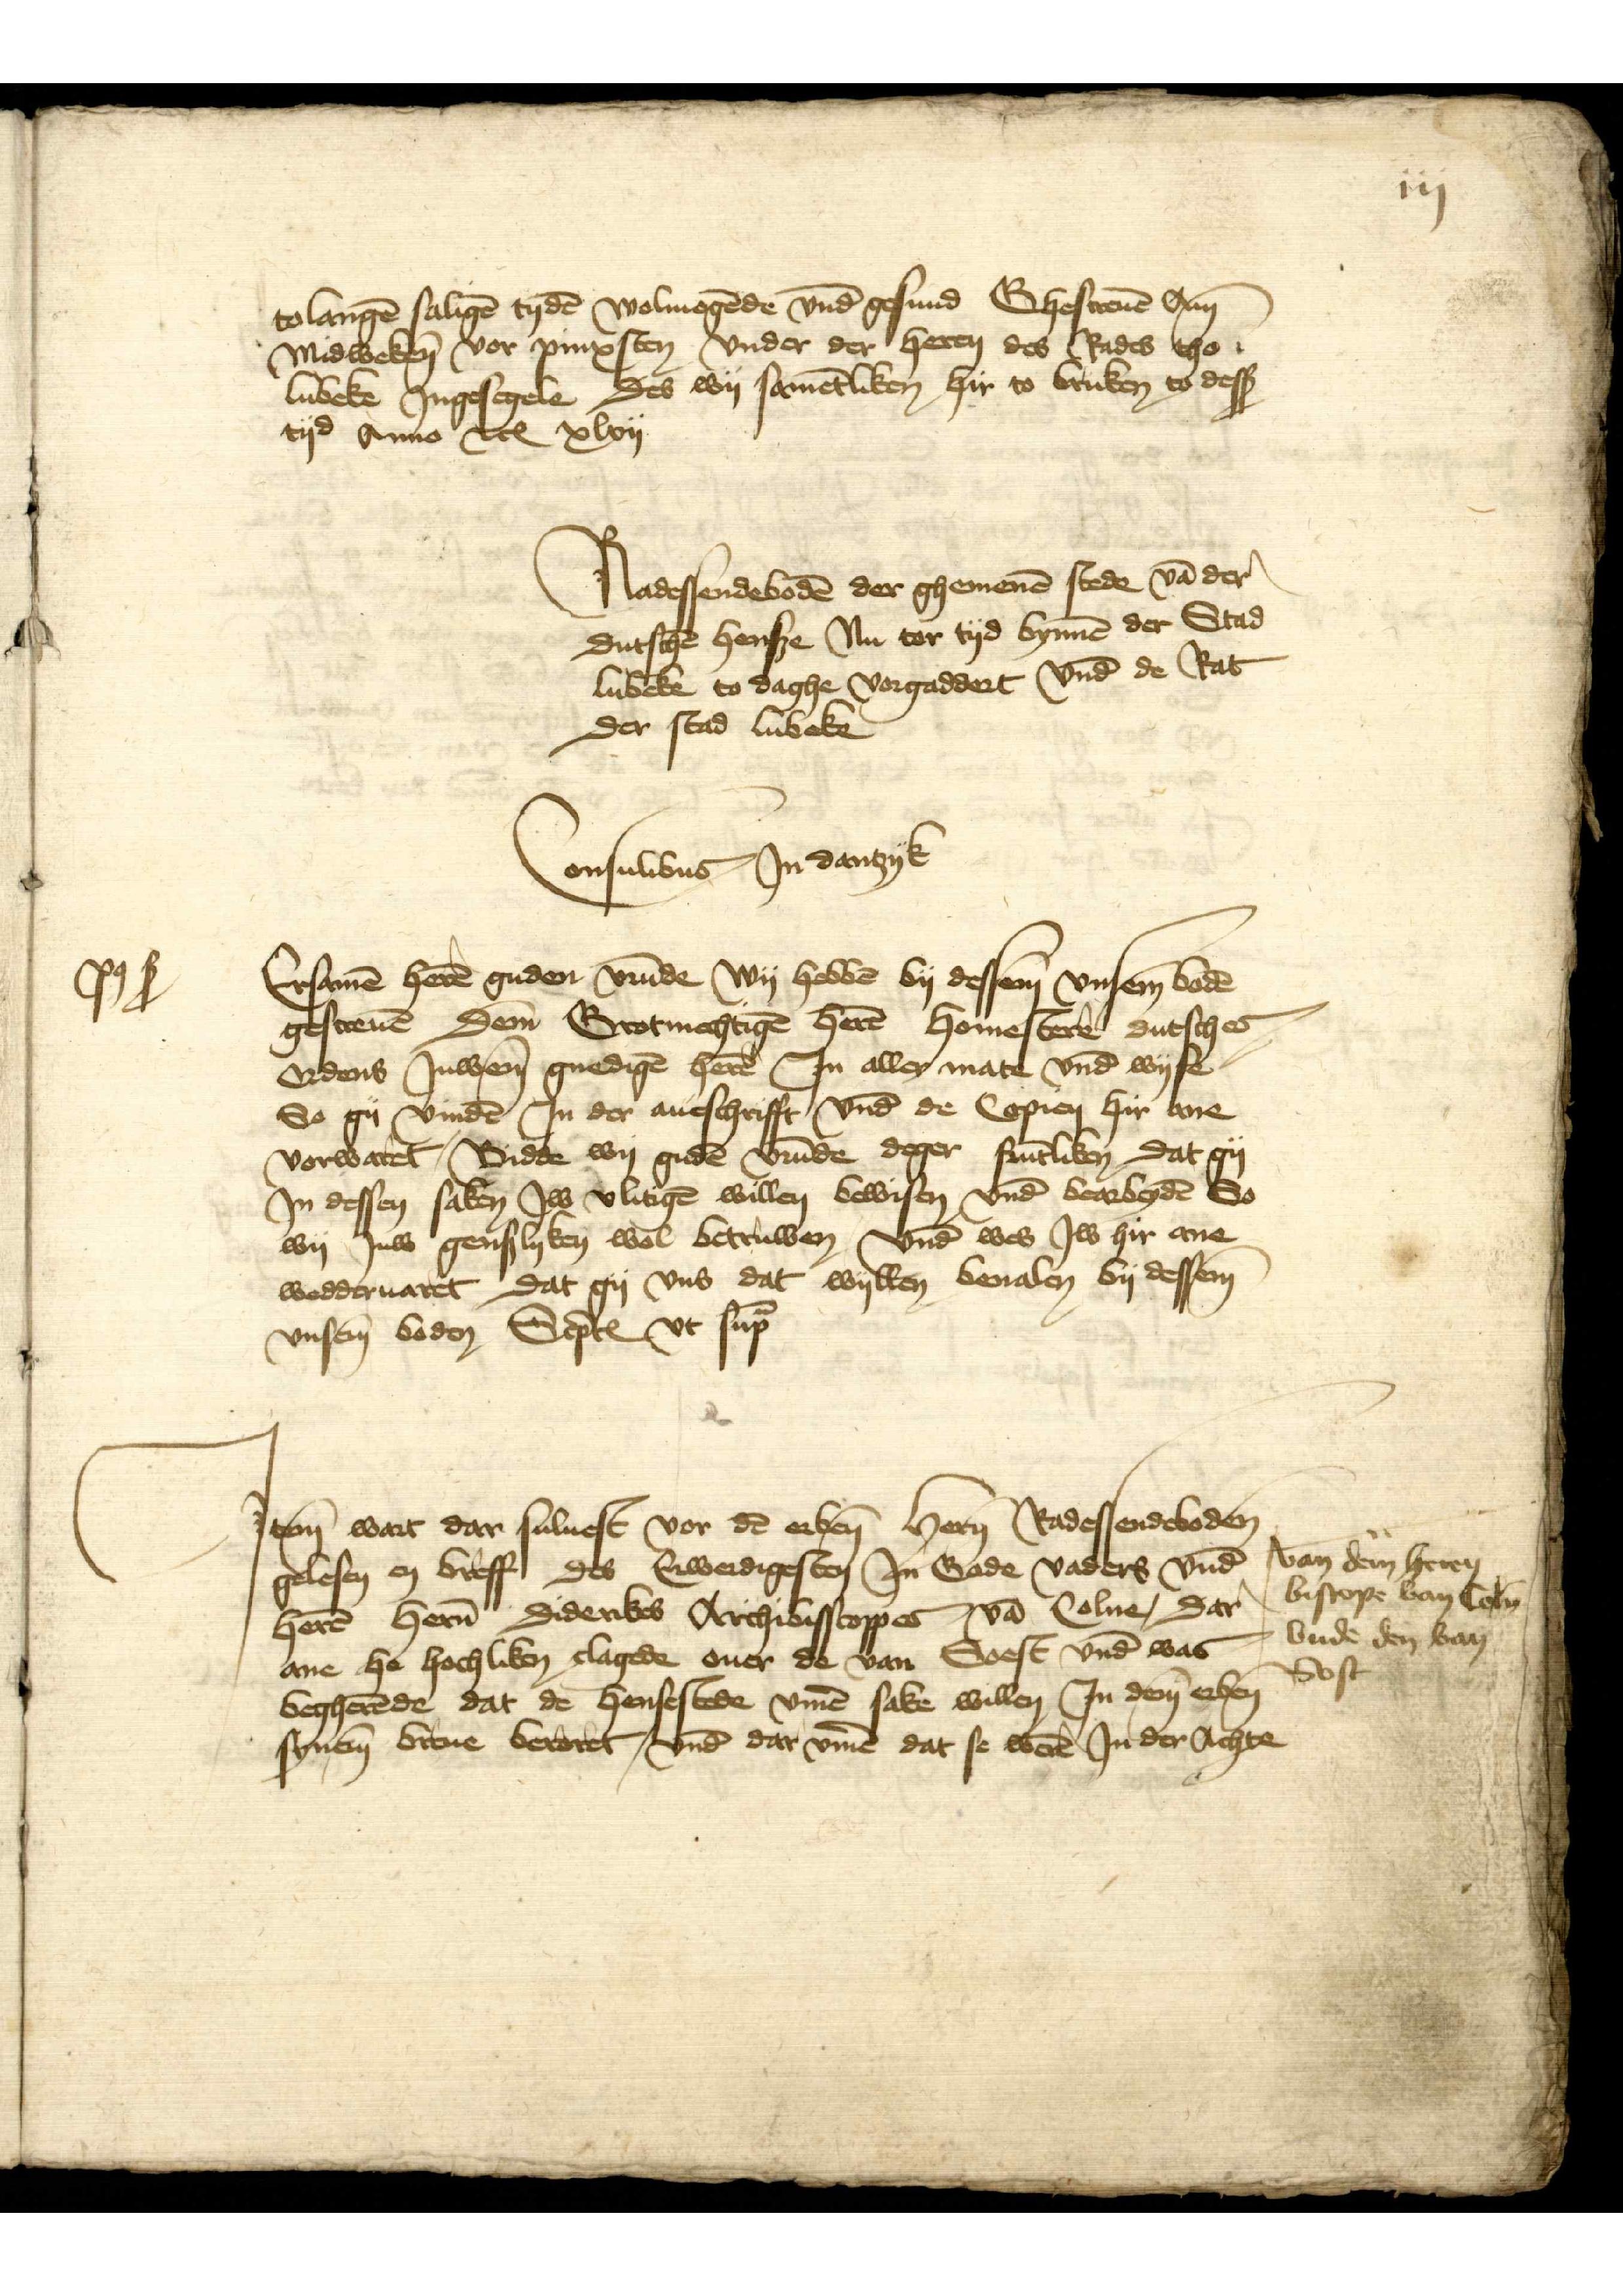
po̧ ß

iij

to langē saligē tydē wolmogēde vnd̄ gesund Ghescreuē Am
Midweken vor pinxsten vnder der heren des Rades tho
Lubeke Ingesegele Des samētliken hir to bruken to desß
tyd Anno etcꝬ xlvij

Radessendebodē der ghemenē stede vā der
Dutschē hensze Nu ter tyd bynnē der Stad
Lubeke to daghe vorgaddert Vnd̄ de Rat
der stad Lubeke

Consulibus Jn Dantzyk
Ersamē herē guden vrūnde Wy hebbē by dessem vnsem bodē
gescreuē Dem Grotmechtigē herē homestere Dutsches
Ordens Juwem gnedigē herē Jn aller mate vnd̄ wyse
So gy vindē Jn der aueschrifft vnd̄ de Copien hir ane
vorwaret, Bidde wy gudē vrūde deger frūtliken Dat gy
Jn dessen saken Jw vlitigē willen bewisen vnd̄ bearbeydē So
wy Juw genszlyken wol betruwen Vnd̄ wes Jw hir ane
wedderuaret, Dat gy vns dat wyllen bevalen by dessem
vnsẻm boden Sc̉ptꝬ vt sup̄

Item wart dar suluest vor dē erben̄ hern̄ Radessendeboden
gelesen en breff Des Erwerdigesten Jn Gode vaders vnd̄
herē hern̄ Diderikes Archibisscoppes vā Colne, Dar
ane he hochliken clagede ouer de van Soset vnd̄ was
begherēde dat de hensestede v̄me sake willen Jn dem erbẻn
synem breue beroret, vnd̄ dar v̄me dat se werē Jn der Achte

van dem heren
biscope van Coln̄
vnde den van
Sost